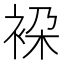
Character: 𧙤